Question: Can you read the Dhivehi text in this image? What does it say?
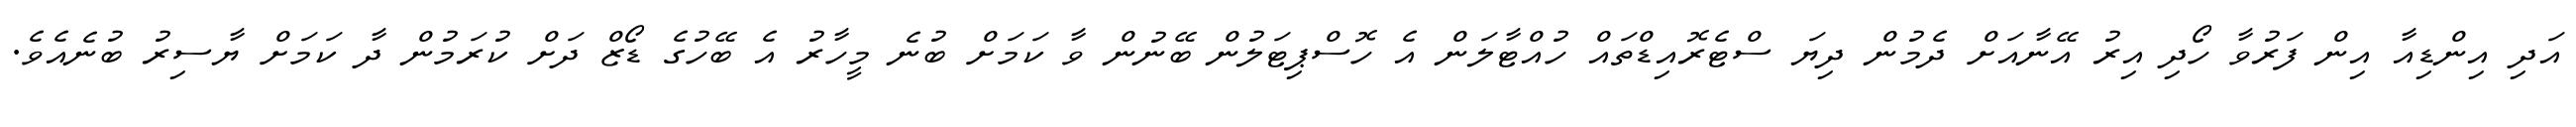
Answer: އަދި އިންޑިއާ އިން ފަރުވާ ހޯދި އިރު އޭނާއަށް ދެމުން ދިޔަ ސްޓެރޮއިޑްތައް ހުއްޓާލަން އެ ހޮސްޕިޓަލުން ބޭނުން ވާ ކަމަށް ބުނެ މީހާރު އެ ބޭހުގެ ޑޯޒް ދަށް ކުރަމުން ދާ ކަމަށް ޔާސިރު ބުނެއެވެ.